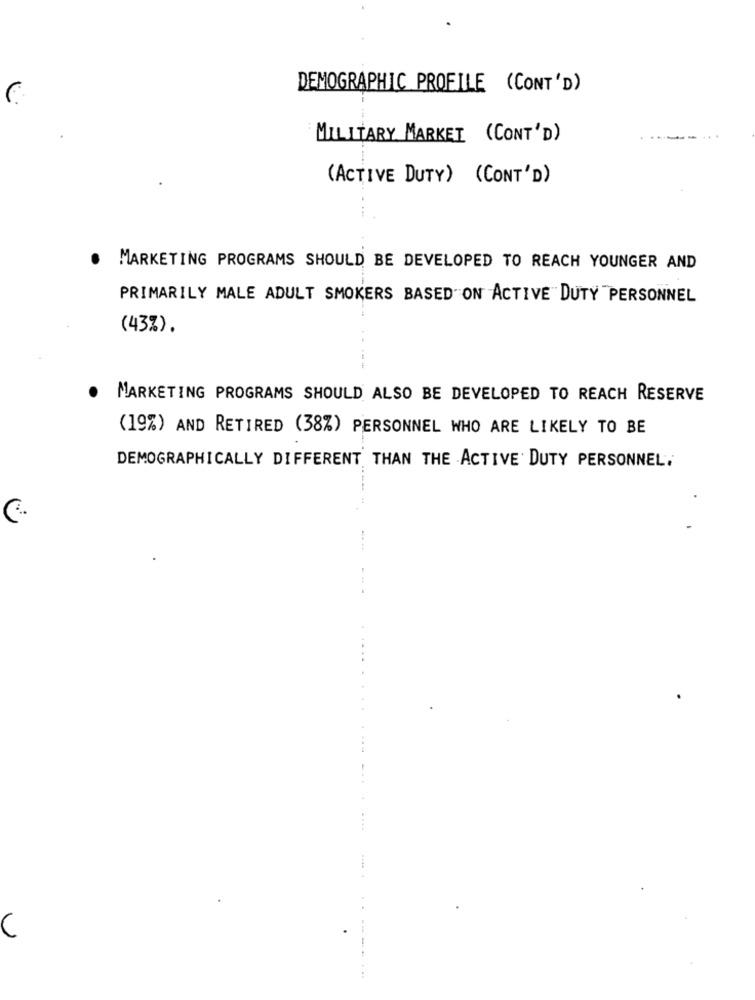
DEMOGRAPHIC PROFILE (CONT'D)
MILITARY MARKET (CONT'D)
(ACTIVE DUTY) (CONT'D)
. MARKETING PROGRAMS SHOULD BE DEVELOPED TO REACH YOUNGER AND
PRIMARILY MALE ADULT SMOKERS BASED ON ACTIVE DUTY PERSONNEL
(43%).
.
MARKETING PROGRAMS SHOULD ALSO BE DEVELOPED TO REACH RESERVE
(19%) AND RETIRED (38%) PERSONNEL WHO ARE LIKELY TO BE
DEMOGRAPHICALLY DIFFERENT THAN THE ACTIVE DUTY PERSONNEL.
C